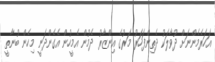
އަހަރެމެންނަށް ދުވާލަކު ދެތިންފަހަރު މަރުގެ އިންޒާރު ދެމުން އެމީހުން އެގެންދަނީ މިހެން ބުނާތީ